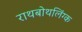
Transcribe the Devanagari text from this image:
राथबोथलिंग्क